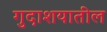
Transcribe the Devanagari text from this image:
गुदाशयातील